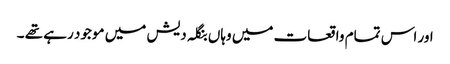
اور اس تمام واقعات میں وہاں بنگلہ دیش میں موجود رہے تھے ۔